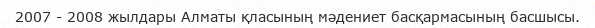
2007 - 2008 жылдары Алматы қласының мәдениет басқармасының басшысы.